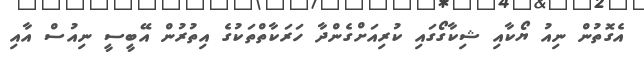
އެގޮތުން ނިއު ޔޯކާއި ޝިކާގޯގައި ކުރިއަށްގެންދާ ހަރަކާތްތަކުގެ އިތުރުން އޭބީސީ ނިއުސް އާއި